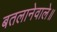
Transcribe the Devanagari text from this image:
बतलानेवाले॥